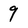
Character: 9